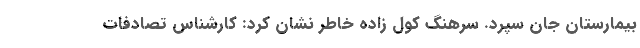
بیمارستان جان سپرد. سرهنگ کول زاده خاطر نشان کرد: کارشناس تصادفات